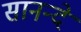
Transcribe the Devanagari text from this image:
सानन्दे